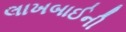
લાખબાઈની